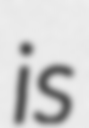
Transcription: is